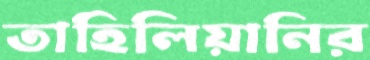
তাহিলিয়ানির